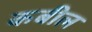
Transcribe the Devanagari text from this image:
कबील